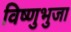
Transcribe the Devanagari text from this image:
विष्णुभुजा